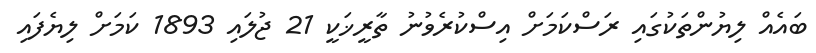
ބައެއް ލިޔުންތަކުގައި ރަސްކަމަށް އިސްކުރެވުނު ތާރީޚަކީ 21 ޖުލައި 1893 ކަމަށް ލިޔެފައި